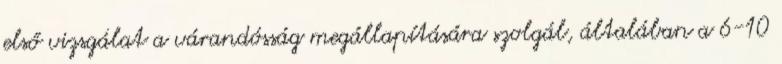
első vizsgálat a várandósság megállapítására szolgál, általában a 6-10